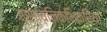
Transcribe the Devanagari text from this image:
रासायनिकभिक्रिया